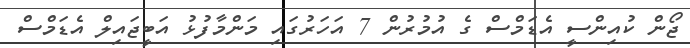
ޖޯން ކުއިންސީ އެޑަމްސް ގެ އުމުރުން 7 އަހަރުގައި މަންމާފުޅު އަބީޖައިލް އެޑަމްސް